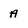
Character: A